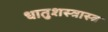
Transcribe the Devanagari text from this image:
धातुशस्त्रास्त्र